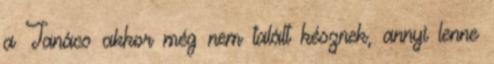
a Tanács akkor még nem talált késznek, annyi lenne